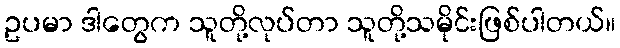
ဥပမာ ဒါတွေက သူတို့လုပ်တာ သူတို့သမိုင်းဖြစ်ပါတယ်။